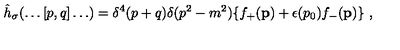
{ \hat { h } } _ { \sigma } ( \ldots [ p , q ] \ldots ) = \delta ^ { 4 } ( p + q ) \delta ( p ^ { 2 } - m ^ { 2 } ) \{ f _ { + } ( { \bf p } ) + \epsilon ( p _ { 0 } ) f _ { - } ( { \bf p } ) \} \ ,